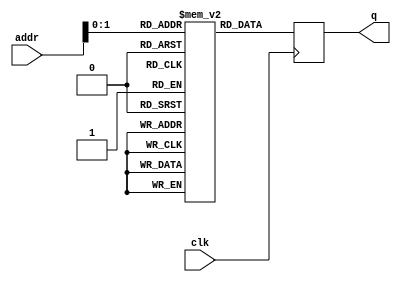
module ROM (
    clk,
    addr,
    q
);
  input [3:0] addr;
  input clk;
  output reg [7:0] q;

  (* romstyle = "M9K" *) (* ram_init_file = "sin.mif" *) reg [7:0] rom[3:0];

  always @(posedge clk) begin
    q <= rom[addr];
  end

endmodule